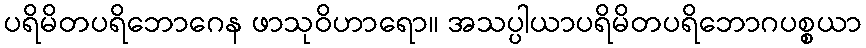
ပရိမိတပရိဘောဂေန ဖာသုဝိဟာရော။ အသပ္ပါယာပရိမိတပရိဘောဂပစ္စယာ